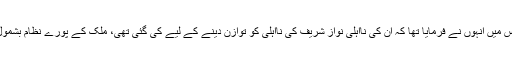
جہانگیر ترین کے دو دن پہلے اس بیان نے، جس میں انہوں نے فرمایا تھا کہ ان کی نااہلی نواز شریف کی نااہلی کو توازن دینے کے لیے کی گئی تھی، ملک کے پورے نظام بشمول عدالتی نظام کے گرد سیاہ دائرہ کھینچ دیا ہے۔